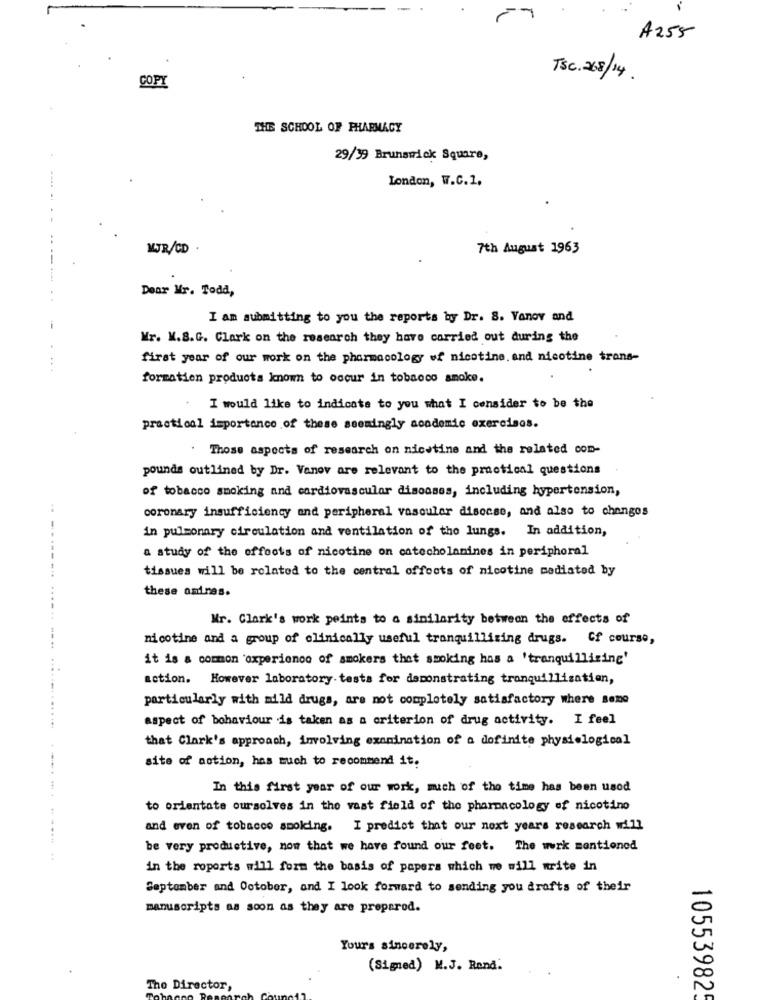
A255
COPY
TSC. 268/14.
THE SCHOOL OF PHARMACY
29/39 Brunswick Square,
London, W.C.1.
MJR/CD
7th August 1963
Dear Mr. Todd,
I am submitting to you the reports by Dr. 8. Vanov and
Mr. M.S.G. Clark on the research they have carried out during the
first year of our work on the pharmacology of nicotine. and nicotine trans-
formation products known to occur in tobacco smoke.
I would like to indicate to you what I consider to be the
practical importance of these seemingly academic exercises.
. Those aspects of research on nicotine and the related com-
pounds outlined by Dr. Vanov are relevant to the practical questions
of tobacco smoking and cardiovascular diseases, including hypertension,
coronary insufficiency and peripheral vascular disease, and also to chongos
in pulmonary circulation and ventilation of the lungs. In addition,
a study of the effects of nicotine on catecholanines in peripheral
-..
tissues will be related to the central offoots of nicotine mediated by
these omnes.
Mr. Clark's work peints to a similarity between the effects of
nicotine and a group of clinically useful tranquillizing drugs. of course,
it is a common 'experience of smokers that smoking has a 'tranquillizing'
action. However laboratory tests for demonstrating tranquillizatien,
particularly with mild drugs, are not completely satisfactory where sene
aspect of behaviour is taken as a criterion of drug activity. I feel
that Clark's approach, involving examination of a dofinite physiological
site of action, has much to recommend it.
In this first year of our work, much of the time has been used
to orientate ourselves in the vast field of the pharmacology of nicotino
and even of tobacco smoking. I predict that our next years research will
be very productive, now that we have found our feet. The work mentioned
in the roports will form the basis of papers which we will write in
September and October, and I look forward to sending you drafts of their
manuscripts as soon as they are preparod.
Your's sincerely,
(Signed) M.J. Rand:
The Director,
105539825